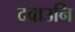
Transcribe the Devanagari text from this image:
दवाउनि